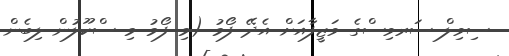
ސިވިލް ސަރވިސްގެ ވަޒީފާއަށް އެދޭ ފޯމު (މި ފޯމު މި ސްކޫލުން ލިބެން